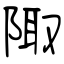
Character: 陬